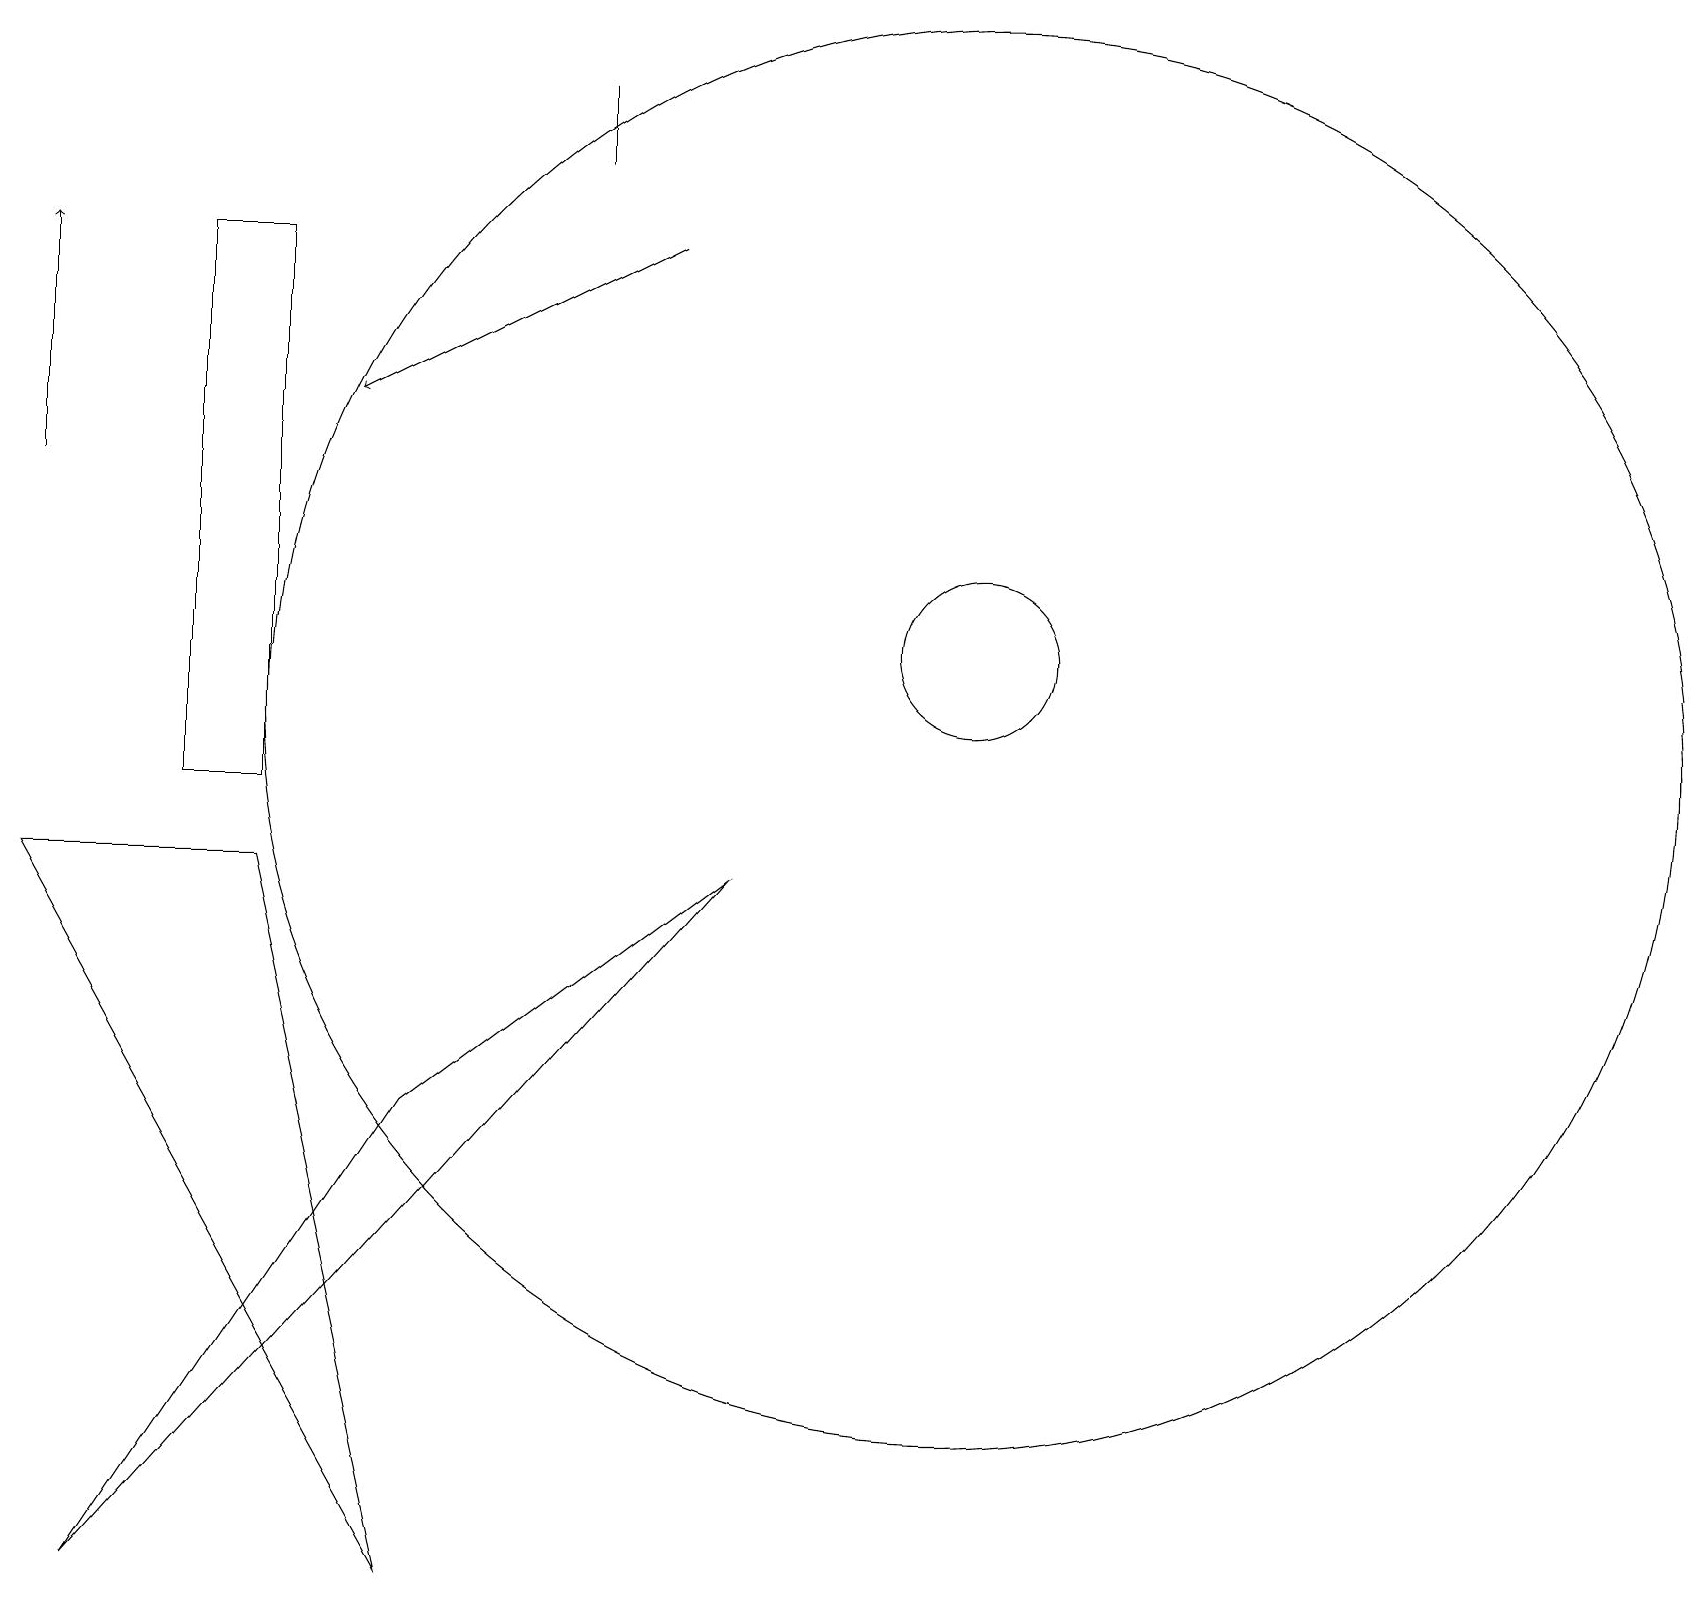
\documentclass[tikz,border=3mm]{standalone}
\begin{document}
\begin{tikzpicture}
\draw (3,9) -- (5,0) -- (0,9) -- cycle;
\draw (7,18) rectangle (7,19);
\draw[->] (0,14) -- (0,17);
\draw (3,17) rectangle (2,10);
\draw[->] (8,17) -- (4,15);
\draw (12,11) circle (9);
\draw (12,12) circle (1);
\draw (1,0) -- (5,6) -- (9,9) -- cycle;
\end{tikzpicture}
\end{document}